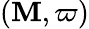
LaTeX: (\mathbf{M},\varpi)